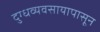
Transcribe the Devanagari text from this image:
दुग्धव्यवसायापासून